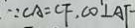
. \because \angle A = C F , C O \bot A F